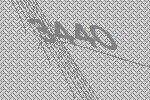
3440